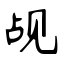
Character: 觇